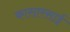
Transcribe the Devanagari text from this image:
कासारसाई